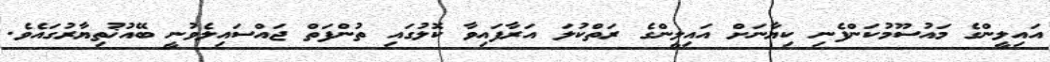
އައިލީންގެ މައުސޫމުކަންފެނި ކިޔާނަށް އައިލީންގެ ރަތްކުލަ އަރާފައިވާ ކޮލުގައި ތުންފަތް ޖައްސައިލެވުނީ ބޭއުޚުތިޔާރުގައެވެ.